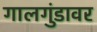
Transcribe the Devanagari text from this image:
गालगुंडावर